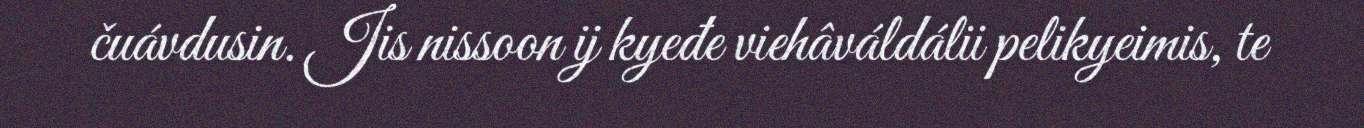
čuávdusin. Jis nissoon ij kyeđe viehâváldálii pelikyeimis, te